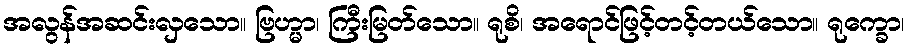
အလွန်အဆင်းလှသော။ ဗြဟ္မာ၊ ကြီးမြတ်သော။ ရုစိ၊ အရောင်ဖြင့်တင့်တယ်သော။ ရုက္ခော၊